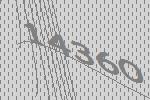
14360